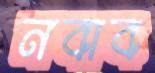
নবাব